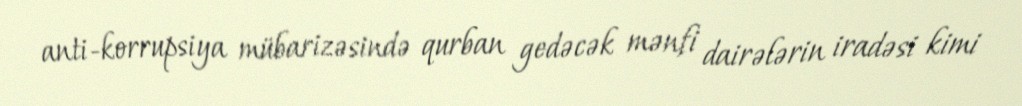
anti-korrupsiya mübarizəsində qurban gedəcək mənfi dairələrin iradəsi kimi